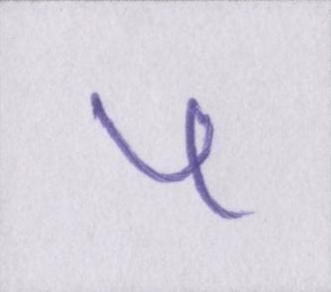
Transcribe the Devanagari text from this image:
५